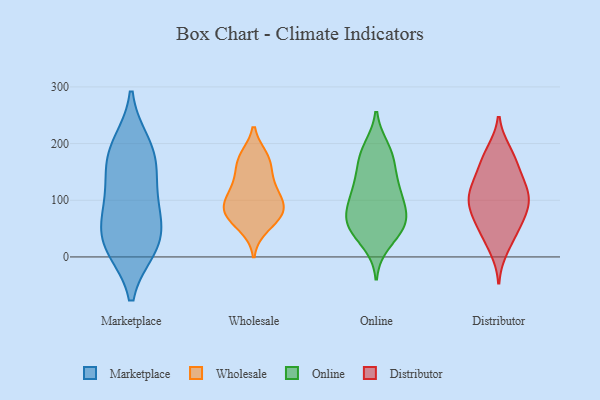
{"axis": {"x": "Shipments", "y": "Value"}, "legend": ["Distributor", "Marketplace", "Online", "Wholesale"], "data": [{"x": "", "y": 17, "type": "Marketplace"}, {"x": "", "y": 99, "type": "Marketplace"}, {"x": "", "y": 18, "type": "Marketplace"}, {"x": "", "y": 56, "type": "Marketplace"}, {"x": "", "y": 56, "type": "Marketplace"}, {"x": "", "y": 199, "type": "Marketplace"}, {"x": "", "y": 192, "type": "Marketplace"}, {"x": "", "y": 16, "type": "Marketplace"}, {"x": "", "y": 159, "type": "Marketplace"}, {"x": "", "y": 105, "type": "Marketplace"}, {"x": "", "y": 161, "type": "Marketplace"}, {"x": "", "y": 74, "type": "Wholesale"}, {"x": "", "y": 122, "type": "Wholesale"}, {"x": "", "y": 111, "type": "Wholesale"}, {"x": "", "y": 175, "type": "Wholesale"}, {"x": "", "y": 171, "type": "Wholesale"}, {"x": "", "y": 53, "type": "Wholesale"}, {"x": "", "y": 128, "type": "Wholesale"}, {"x": "", "y": 77, "type": "Wholesale"}, {"x": "", "y": 165, "type": "Wholesale"}, {"x": "", "y": 85, "type": "Wholesale"}, {"x": "", "y": 90, "type": "Wholesale"}, {"x": "", "y": 78, "type": "Wholesale"}, {"x": "", "y": 159, "type": "Online"}, {"x": "", "y": 174, "type": "Online"}, {"x": "", "y": 69, "type": "Online"}, {"x": "", "y": 116, "type": "Online"}, {"x": "", "y": 71, "type": "Online"}, {"x": "", "y": 45, "type": "Online"}, {"x": "", "y": 191, "type": "Online"}, {"x": "", "y": 56, "type": "Online"}, {"x": "", "y": 104, "type": "Online"}, {"x": "", "y": 62, "type": "Online"}, {"x": "", "y": 88, "type": "Online"}, {"x": "", "y": 186, "type": "Online"}, {"x": "", "y": 131, "type": "Online"}, {"x": "", "y": 25, "type": "Online"}, {"x": "", "y": 52, "type": "Online"}, {"x": "", "y": 119, "type": "Online"}, {"x": "", "y": 128, "type": "Distributor"}, {"x": "", "y": 105, "type": "Distributor"}, {"x": "", "y": 90, "type": "Distributor"}, {"x": "", "y": 61, "type": "Distributor"}, {"x": "", "y": 181, "type": "Distributor"}, {"x": "", "y": 114, "type": "Distributor"}, {"x": "", "y": 100, "type": "Distributor"}, {"x": "", "y": 186, "type": "Distributor"}, {"x": "", "y": 79, "type": "Distributor"}, {"x": "", "y": 45, "type": "Distributor"}, {"x": "", "y": 127, "type": "Distributor"}, {"x": "", "y": 165, "type": "Distributor"}, {"x": "", "y": 40, "type": "Distributor"}, {"x": "", "y": 85, "type": "Distributor"}, {"x": "", "y": 14, "type": "Distributor"}, {"x": "", "y": 147, "type": "Distributor"}]}